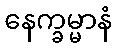
နေက္ခမ္မာနံ